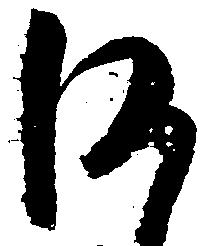
何